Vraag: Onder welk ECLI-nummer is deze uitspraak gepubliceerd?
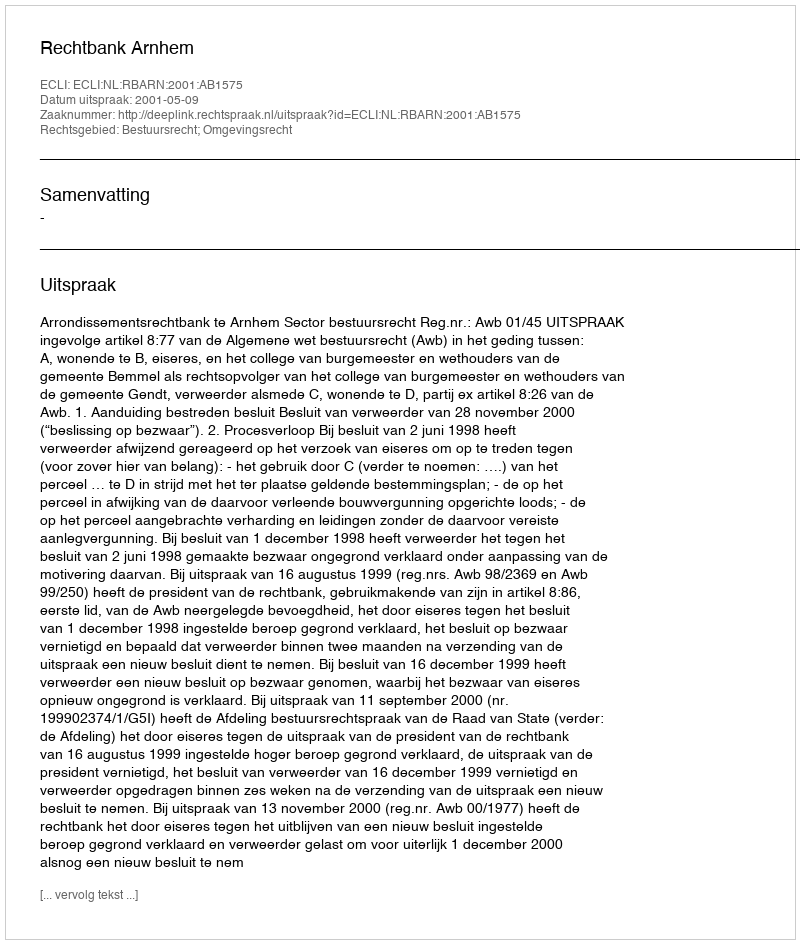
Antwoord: ECLI:NL:RBARN:2001:AB1575